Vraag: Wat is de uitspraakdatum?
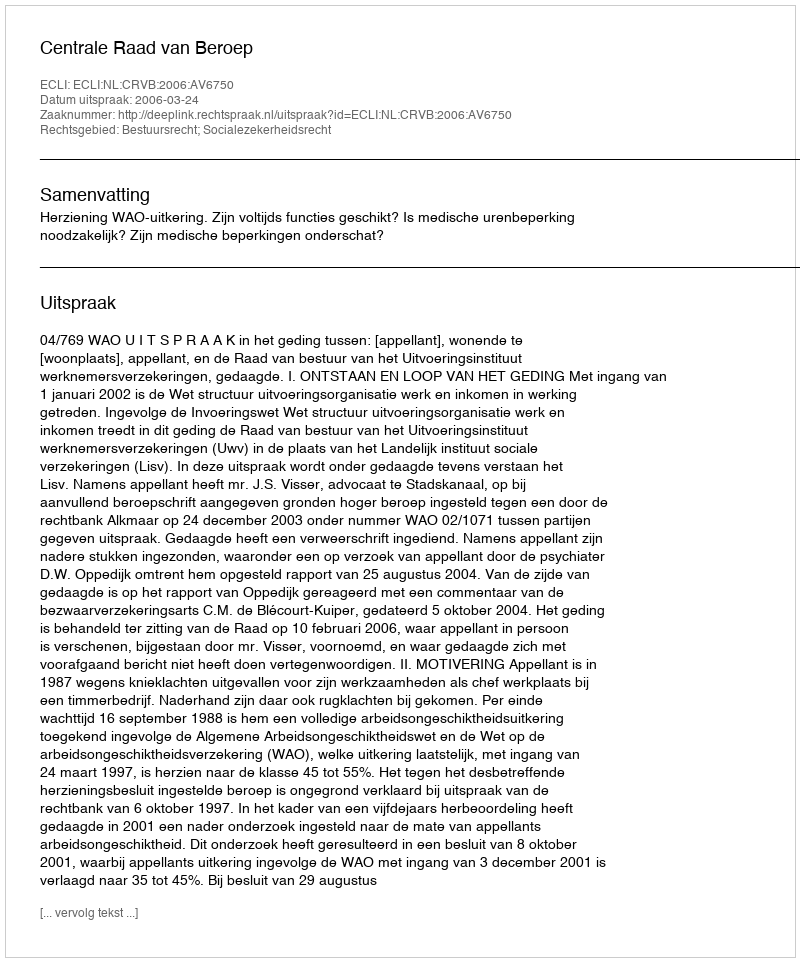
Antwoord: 2006-03-24